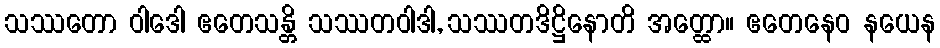
သဿတော ဝါဒေါ ဧတေသန္တိ သဿတဝါဒါ, သဿတဒိဋ္ဌိနောတိ အတ္ထော။ ဧတေနေဝ နယေန